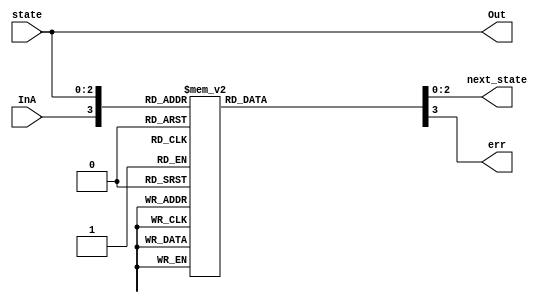
module statelogic (next_state, Out, state, InA, err);

input InA;
input [2:0] state;
output [2:0] next_state;
output [2:0] Out;
output err;
reg [2:0] next_state;
reg err;
assign Out = state;

always @(InA or state)
begin
  casex({InA,state})
    4'b0_000:
    begin
      next_state <= 3'b001;
      err <= 1'b0;
    end
    4'b1_000:
    begin
      next_state <= 3'b000;
      err <= 1'b0;
    end    
    4'b0_001:
    begin
      next_state <= 3'b010;
      err <= 1'b0;
    end
    4'b1_001:
    begin
      next_state <= 3'b000;
      err <= 1'b0;
    end
    4'b0_010:
    begin
      next_state <= 3'b011;
      err <= 1'b0;
    end
    4'b1_010:
    begin
      next_state <= 3'b000;
      err <= 1'b0;
    end
    4'b0_011:
    begin
      next_state <= 3'b100;
      err <= 1'b0;
    end
    4'b1_011:
    begin
      next_state <= 3'b000;
      err <= 1'b0;
    end
    4'b0_100:
    begin
      next_state <= 3'b101;
      err <= 1'b0;
    end
    4'b1_100:
    begin
      next_state <= 3'b000;
      err <= 1'b0;
    end
    4'b0_101:
    begin
      next_state <= 3'b101;
      err <= 1'b0;
    end
    4'b1_101:
    begin
      next_state <= 3'b000;
      err <= 1'b0;
    end
    default:
    begin 
      next_state <= {3{1'bx}};
      err <= 1'b1;
    end
  endcase
end

endmodule